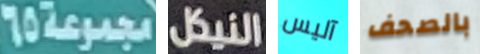
مجموعة65 النيكل آليس بالصحف